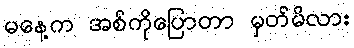
မနေ့က အစ်ကိုပြောတာ မှတ်မိလား